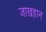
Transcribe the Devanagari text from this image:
जाखड़ान